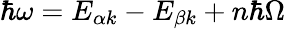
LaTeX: \hbar\omega=E_{\alpha k}-E_{\beta k}+n\hbar\Omega